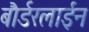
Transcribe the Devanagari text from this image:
बौर्डरलाईन